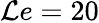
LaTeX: \mathcal{L}e=20